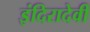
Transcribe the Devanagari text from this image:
इंदिरादेवी